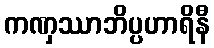
ကဏှဿာဘိပ္ပဟာရိနီ